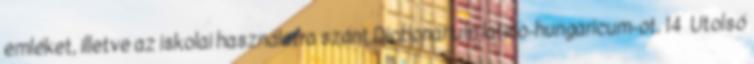
emléket, illetve az iskolai használatra szánt Dictionarium latino-hungaricum-ot. 14 Utolsó